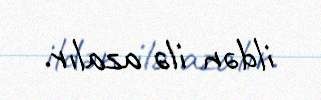
ildən ilə azalır.